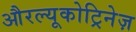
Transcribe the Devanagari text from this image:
औरल्यूकोट्रिनेज़